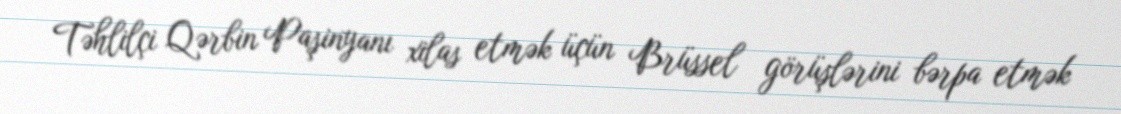
Təhlilçi Qərbin Paşinyanı xilas etmək üçün Brüssel görüşlərini bərpa etmək